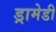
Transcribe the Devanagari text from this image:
ड्रामेडी